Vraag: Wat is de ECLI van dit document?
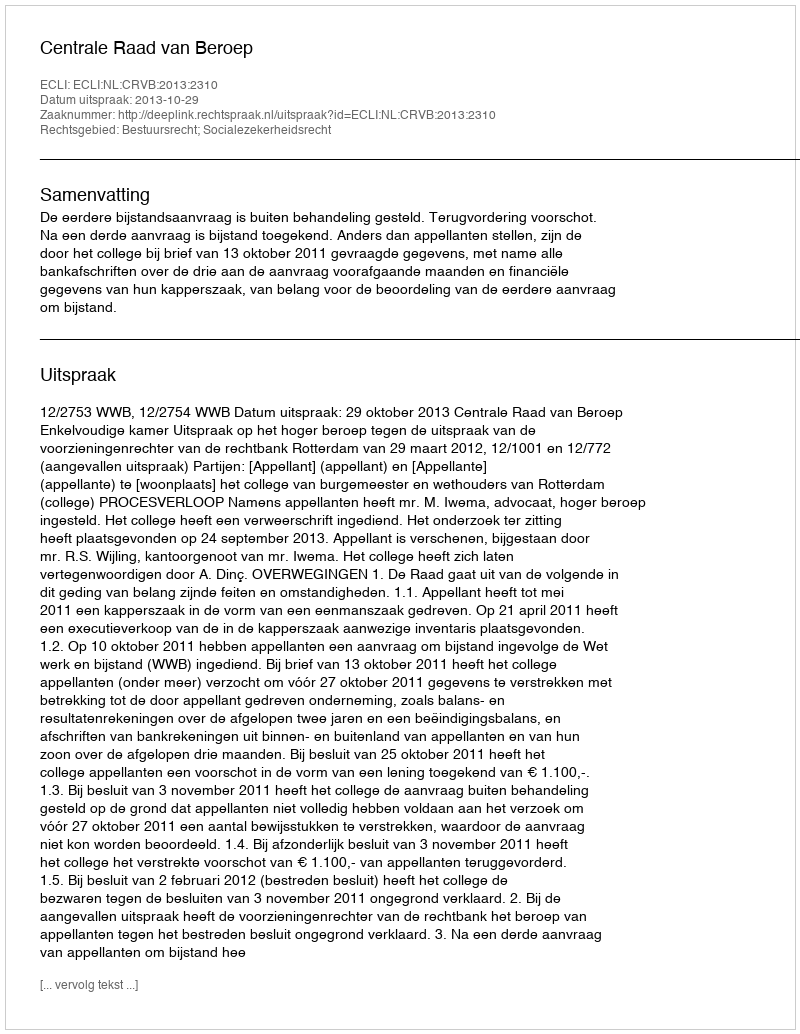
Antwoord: ECLI:NL:CRVB:2013:2310